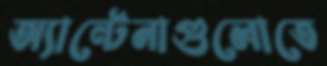
অ্যান্টেনাগুলোতে